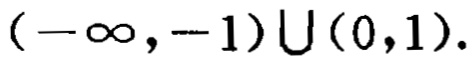
\((-\infty,-1)\cup(0,1)\)